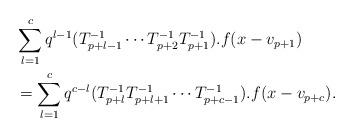
LaTeX: \begin{align*}&\sum_{l=1}^{c}q^{l-1}(T_{p+l-1}^{-1} \cdots T_{p+2}^{-1}T_{p+1}^{-1}).f(x-v_{p+1}) \\ &=\sum_{l=1}^{c}q^{c-l} (T_{p+l}^{-1}T_{p+l+1}^{-1} \cdots T_{p+c-1}^{-1}).f(x-v_{p+c}). \end{align*}